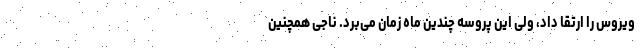
ویروس را ارتقا داد، ولی این پروسه چندین ماه زمان می‌برد. ناجی همچنین